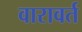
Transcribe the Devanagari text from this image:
वारावर्त